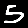
Digit: 5